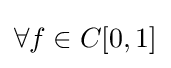
\forall f\in C[0,1]